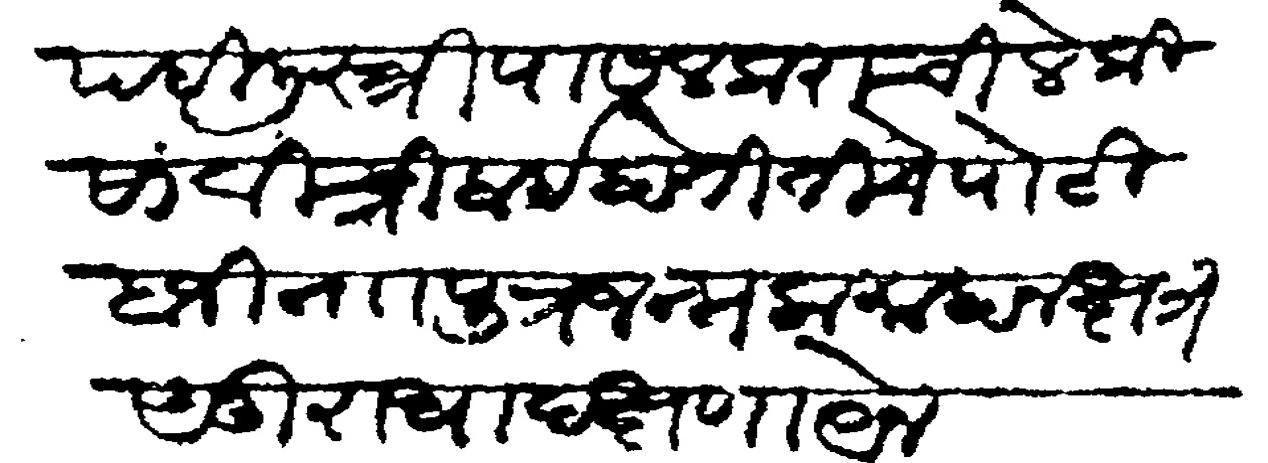
Transliteration (Devanagari): पहिली स्त्री पासलकराची लेकी सावित्रीबाई होती तिचे पोटी बाजी नाा पूत्र जन्मला माहा नक्षत्र अनुराधा दक्षणायेन